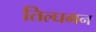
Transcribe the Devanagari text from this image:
तिल्घमन